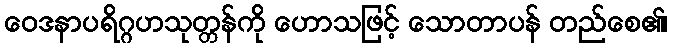
ဝေဒနာပရိဂ္ဂဟသုတ္တန်ကို ဟောသဖြင့် သောတာပန် တည်စေ၏၊